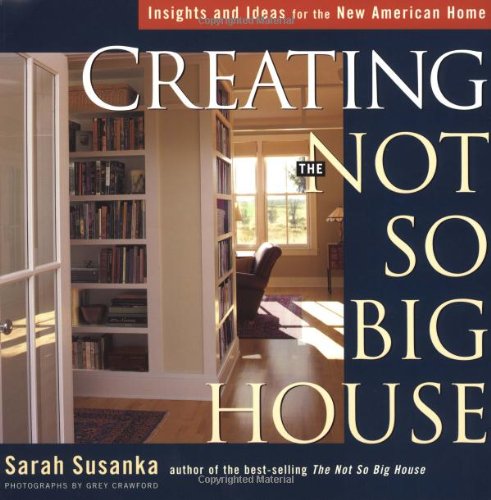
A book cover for Creating the Not So Big House: Insights and Ideas for the New American Home (Susanka); Sarah Susanka; Crafts, Hobbies & Home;